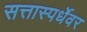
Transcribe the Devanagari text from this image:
सत्तास्पर्धेवर